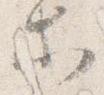
等